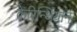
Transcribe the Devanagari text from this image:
केरिन्थियान